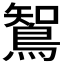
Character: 𮬼